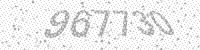
Solution: 967730